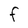
Character: f